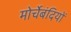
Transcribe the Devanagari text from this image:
मोर्चेबंदियों